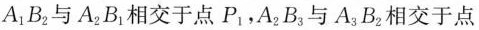
A_{1}B_{2}与A_{2}B_{1}相交于点P_{1}，A_{2}B_{3}与A_{3}B_{2}相交于点